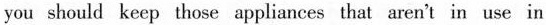
you should keep those appliances that aren't in use in